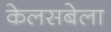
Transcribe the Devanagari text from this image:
केलसबेला